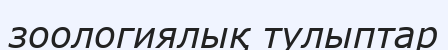
зоологиялық тулыптар